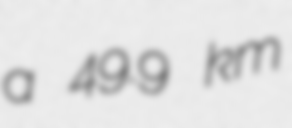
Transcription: a 49.9 km